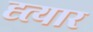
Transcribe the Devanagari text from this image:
ह्त्यार